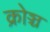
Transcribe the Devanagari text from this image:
क्रोञ्च